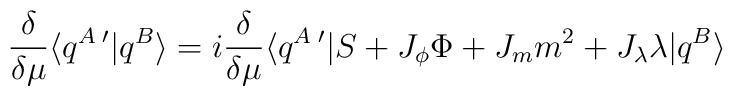
\frac{\delta}{\delta\mu} \langle q^A\,'|q^B\rangle = i\frac{\delta}{\delta\mu}\langle q^A\,'|S + J_\phi \Phi +J_m m^2 + J_\lambda\lambda|q^B\rangle